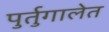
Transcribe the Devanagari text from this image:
पुर्तुगालेत